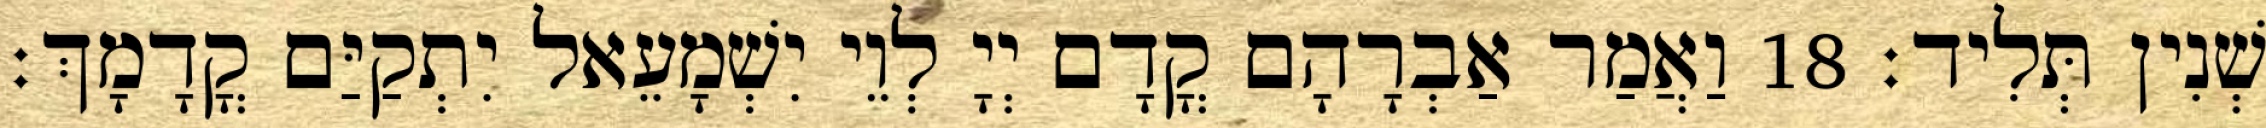
שְׁנִין תְּלִיד׃ 18 וַאֲמַר אַבְרָהָם קֳדָם יְיָ לְוֵי יִשְׁמָעֵאל יִתְקַיַּם קֳדָמָךְ׃